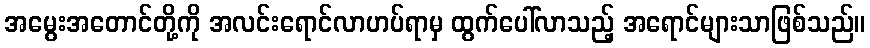
အမွေးအတောင်တို့ကို အလင်းရောင်လာဟပ်ရာမှ ထွက်ပေါ်လာသည့် အရောင်များသာဖြစ်သည်။